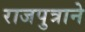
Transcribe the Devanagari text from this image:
राजपुत्राने